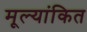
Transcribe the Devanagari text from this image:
मूल्‍यांकित